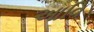
આવિ